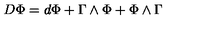
D \Phi = d \Phi + \Gamma \wedge \Phi + \Phi \wedge \Gamma \label q